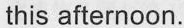
this afternoon.